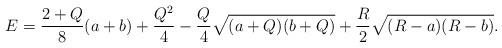
LaTeX: \begin{align*}E=\frac{2+Q}{8}(a+b)+\frac{Q^2}{4}-\frac{Q}{4}\sqrt{(a+Q)(b+Q)}+\frac{R}{2}\sqrt{(R-a)(R-b)}.\end{align*}